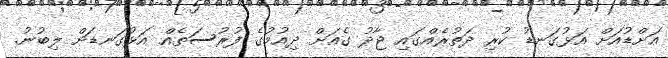
އަށްޑުއަށް އަޅުގަނޑު ކުރި ދަތުރެއްގައި ޖާދު ގެއަށް ދިއުމުގެ ފުރުސަތެއް އަޅުގަނޑަށް ލިބުނު.